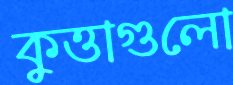
কুত্তাগুলো